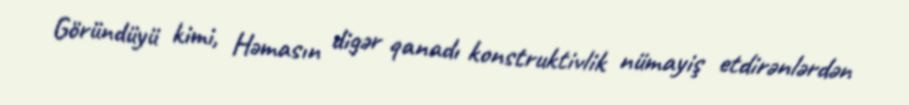
Göründüyü kimi, Həmasın digər qanadı konstruktivlik nümayiş etdirənlərdən